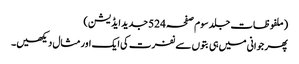
(ملفوظات جلد سوم صفحہ 524جدید ایڈیشن)
پھر جوانی میں ہی بتوں سے نفرت کی ایک اور مثال دیکھیں۔